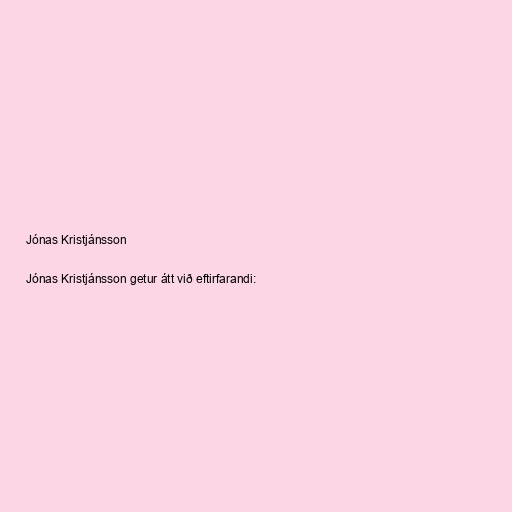
Jónas Kristjánsson

Jónas Kristjánsson getur átt við eftirfarandi: